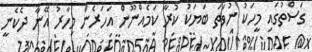
ގަސްތުގައި މީހަކު ނުވަތަ ބަޔަކު ކުރާ ކަމެއްނޫން އަހަރެން މިހާރު އޭނާ ދެކެނީ